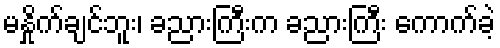
မနှိုက်ချင်ဘူး၊ ခညားကြီးက ခညားကြီး ကောက်ခဲ့